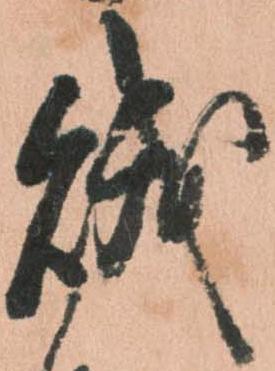
賊